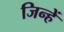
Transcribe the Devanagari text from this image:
जिन्हेें